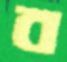
ব